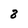
Character: 8